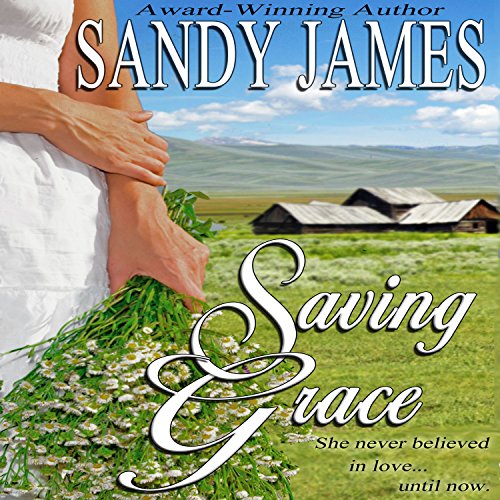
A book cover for Saving Grace; Sandy James; Romance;